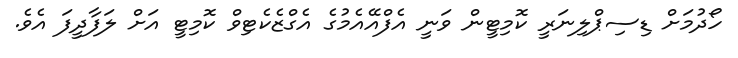
ހޯދުމަށް ޑިސިޕްލިނަރީ ކޮމިޓީން ވަނީ އެފްއޭއެމުގެ އެގްޒެކެޓިވް ކޮމިޓީ އަށް ލަފާދީފަ އެވެ.